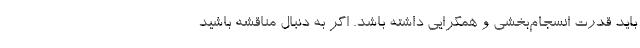
باید قدرت انسجام‌بخشی و همگرایی داشته باشد. اگر به دنبال مناقشه باشید